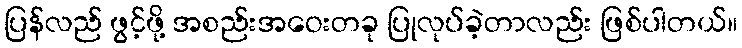
ပြန်လည် ဖွင့်ဖို့ အစည်းအဝေးတခု ပြုလုပ်ခဲ့တာလည်း ဖြစ်ပါတယ်။